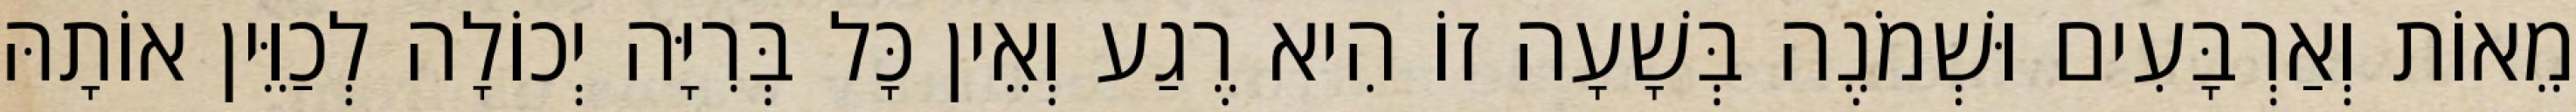
מֵאוֹת וְאַרְבָּעִים וּשְׁמֹנֶה בְּשָׁעָה זוֹ הִיא רֶגַע וְאֵין כָּל בְּרִיָּה יְכוֹלָה לְכַוֵּין אוֹתָהּ